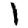
Digit: 1